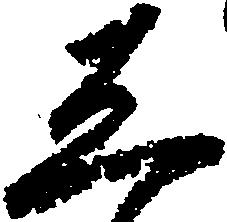
し